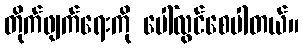
တိုက်ဖျက်ရေးကို ပေါ်လွင်စေပါတယ်။